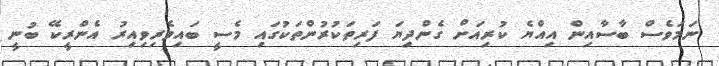
ނަމަވެސް ބާސާއިން އިއްޔެ ކުރިއަށް ގެންދިޔަ ފަރިތަކުރުންތަކުގައި މެސީ ބައިވެރިވިއިރު އެންރީކޭ ބުނީ